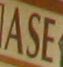
ASE